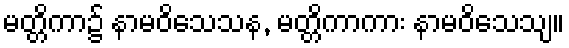
မတ္တိကာ၌ နာမဝိသေသန, မတ္တိကာကား နာမဝိသေသျ။